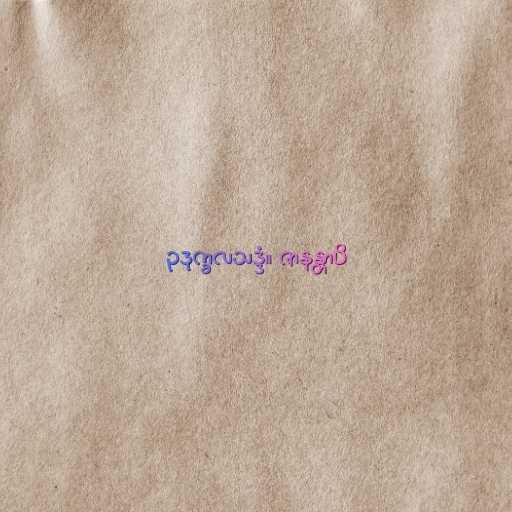
ဥဒုက္ခလသဒ္ဒံ။ ဇာနန္တာပိ